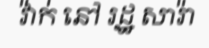
វ៉ាក់ នៅ រដ្ឋ សារ៉ា